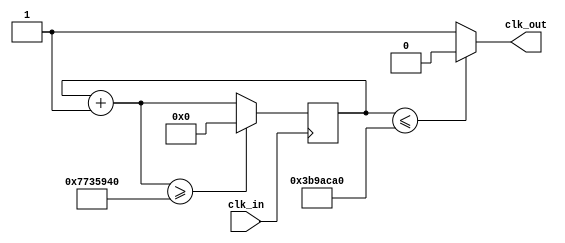
module chia_tan (clk_in, clk_out);
input clk_in;
output clk_out;
reg [27:0]countt = 0;
parameter divisor = 125000000;
always @(posedge clk_in)
begin
countt = countt + 1;
if(countt >= (divisor))
    countt = 0;
else countt = countt;
end
assign clk_out = (countt <= divisor/2) ? 0: 1;
endmodule